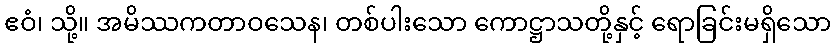
ဧဝံ၊ သို့။ အမိဿကတာဝသေန၊ တစ်ပါးသော ကောဋ္ဌာသတို့နှင့် ရောခြင်းမရှိသော